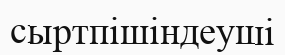
сыртпішіндеуші